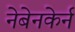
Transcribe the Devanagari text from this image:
नेबेनकेर्न